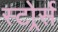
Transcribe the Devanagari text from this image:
स्टोर्र्स